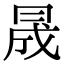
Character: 𠕠